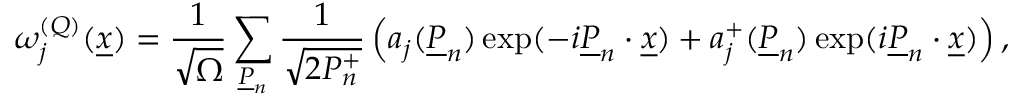
\omega _ { j } ^ { ( { \cal Q } ) } ( \underline { { { x } } } ) = \frac { 1 } { \sqrt { \Omega } } \sum _ { \underline { { { P } } } _ { n } } \frac { 1 } { \sqrt { 2 P _ { n } ^ { + } } } \left( a _ { j } ( \underline { { { P } } } _ { n } ) \exp ( - i \underline { { { P } } } _ { n } \cdot \underline { { { x } } } ) + a _ { j } ^ { + } ( \underline { { { P } } } _ { n } ) \exp ( i \underline { { { P } } } _ { n } \cdot \underline { { { x } } } ) \right) ,